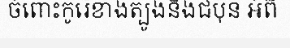
ចំពោះកូរ៉េខាងត្បូងនិងជប៉ុន អំពី